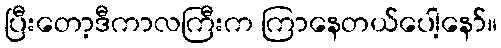
ပြီးတော့ဒီကာလကြီးက ကြာနေတယ်ပေါ့နော်။